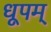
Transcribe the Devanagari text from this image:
धूपम्‌